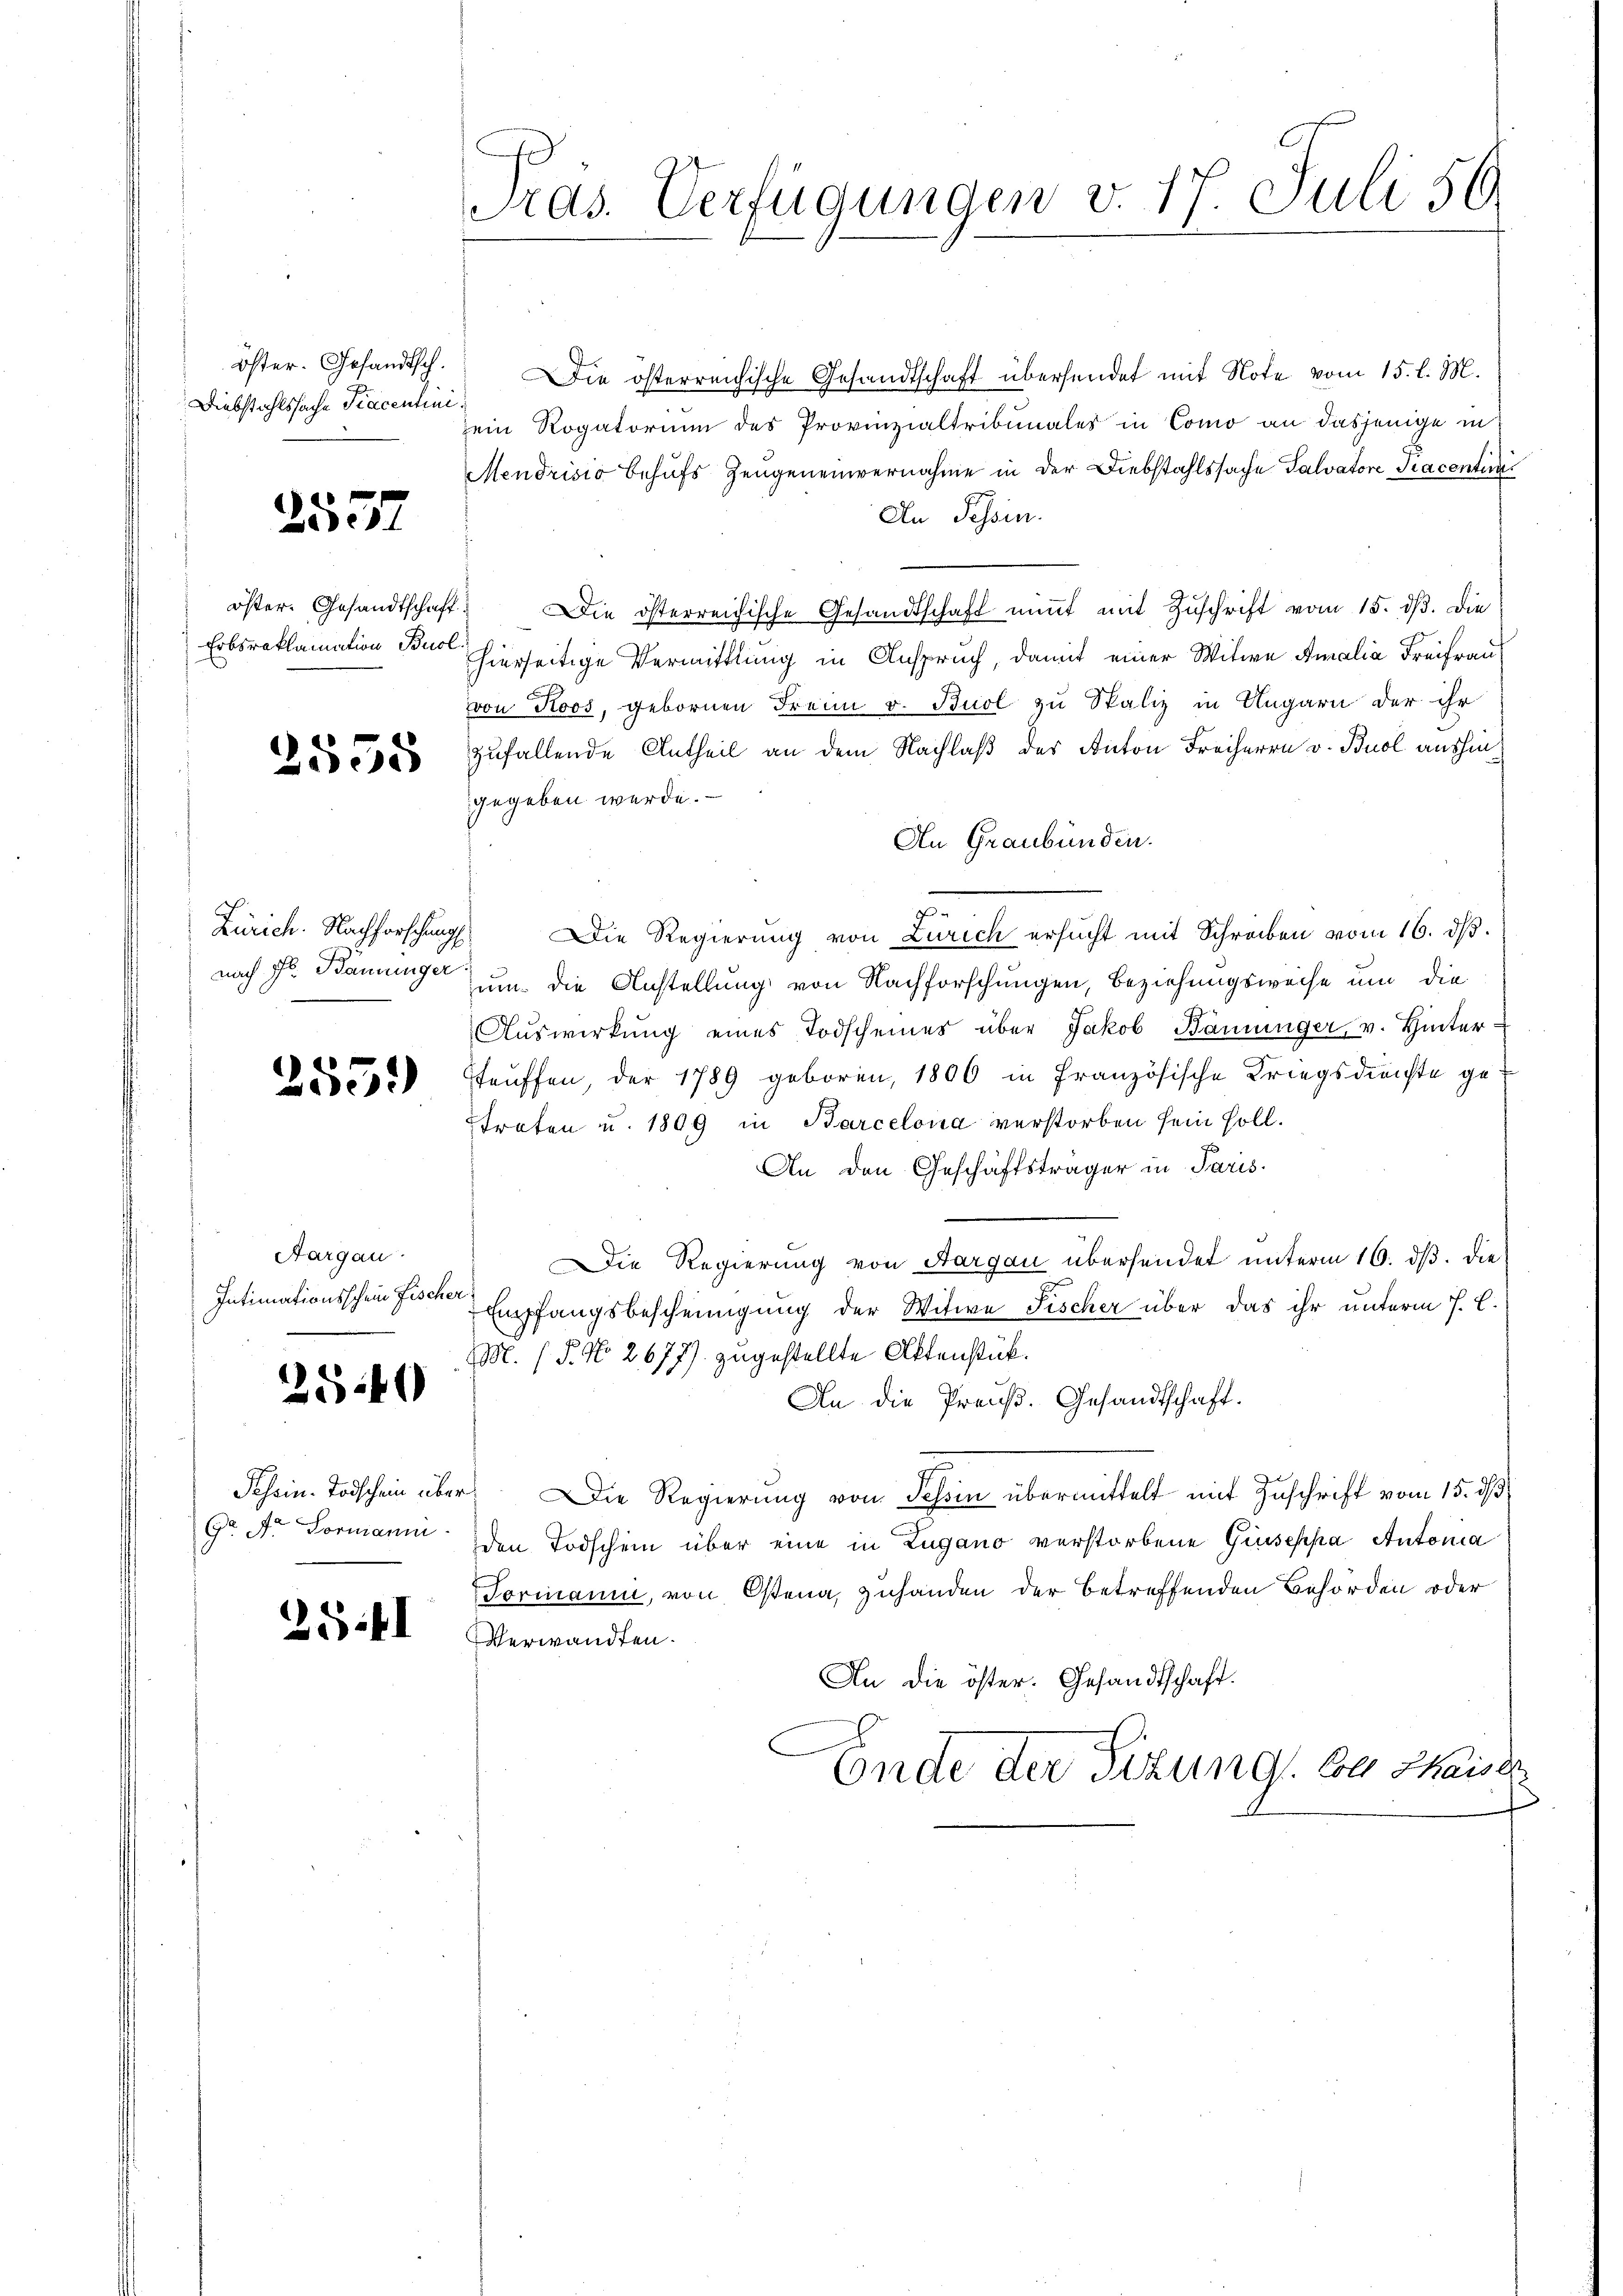
öster. Gesandtsch.
Diebstahlssache Tracentin

25557

öster. Gesandtschaft
Erbsraklamation Buol

2555

Zürich. Nachforschung
nach Hr. Bänninger

255.)

Aargau.
Intimationsschein Fisch.

2549

Schein. Todschein über
Gr. A. Formanni

25.II

Pras. Verfügungen v. 17. Juli 59.

Die österreichische Gesandtschaft übersendet mit Note vom 15. l. M.
sein Rogatorium des Provinzialtribunales in Como an dasjenige in
Mendrisio behufs Zeugeneinvernahme in der Diebstahlssache Salvatore Piacentin
An Tessin.
" Die österreichische Gesandtschaft niṁt mit Zŭschrift vom 15. dβ. Die
hierseitige Vermittlung in Anspruch, damit einer Witwe Amalia Freifrau
von Roos, gebornen Frei v. Buol zu Spaliz in Ungarn der ihr
zufallende Antheil an dem Nachlaß des Anton Freiherr v. Buol aushin
gegeben werde.
An Graubünden.
n
 Die Regierung von Zürich ersucht mit Schreiben vom 16. dβ.
Zum die Anstellung von Nachforschungen, Beziehungsweise um die
Auswirkung eines Todscheines über Jakob Bauunger, v. Hinter-
teuffen, der 1789 geboren, 1800 in französische Kriegsdienste getroten u. 1809 in Barcelona verstorben sein soll.
An den Geschäftsträger in Paris
Die Regierung von Aargau übersendet unterm 16. ds. die
Empfangsbescheinigung der Witwe Fischer über das ihr unterm 7. C.
M. (T. No 2677). zugestellte Aktenstück.
An die Preuß. Gesandtschaft.
 Die Regierŭng von Tessin übermittelt mit Zuschrift vom 15. d.
den Todschein über eine in Zugano verstorbene Giusepha Antona
Formanni, von Ostena, zuhanden der betreffenden Behörden oder
Verwandten.
An die öster. Gesandtschaft.
Ende der Situng bei Kaiser
f